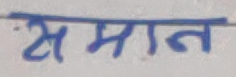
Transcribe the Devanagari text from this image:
समान